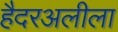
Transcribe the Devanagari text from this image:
हैदरअलीला